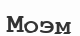
Моэм